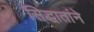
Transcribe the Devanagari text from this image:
सिद्धातांने